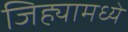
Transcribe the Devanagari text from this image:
जिह्यामध्ये